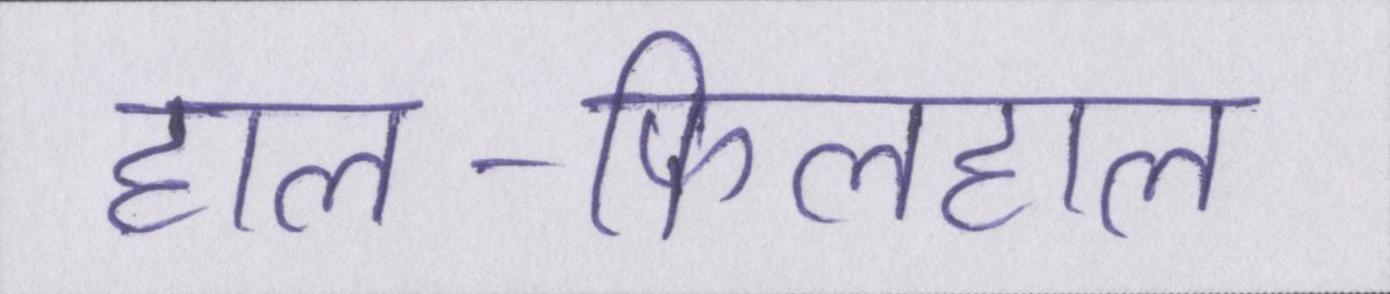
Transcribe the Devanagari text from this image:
हाल-फिलहाल